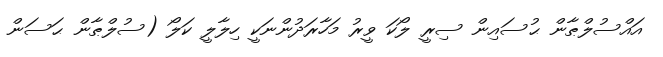
އައްސުލްޠާން ޙުސައިން ސިރީ ލޯކަ ވީރު މަހާރަދުންނަކީ ހިލާލީ ކަލޯ (ސުލްޠާން ޙަސަން